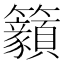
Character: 𥸊